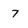
Character: 7